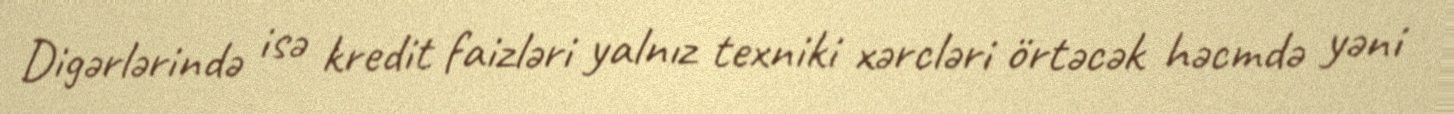
Digərlərində isə kredit faizləri yalnız texniki xərcləri örtəcək həcmdə yəni